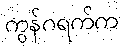
ကွန်ဂရက်က